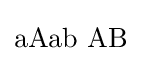
\mathrm {aAab\,\,AB}